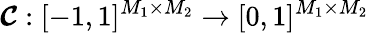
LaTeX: \boldsymbol{\mathcal{C}}:[-1,1]^{M_{1}\times M_{2}}\to[0,1]^{M_{1}\times M_{2}}